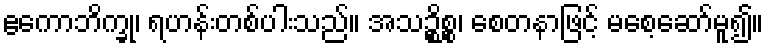
ဧကောဘိက္ခု၊ ရဟန်းတစ်ပါးသည်။ အသဉ္စိစ္စ၊ စေတနာဖြင့် မစေ့ဆော်မူ၍။